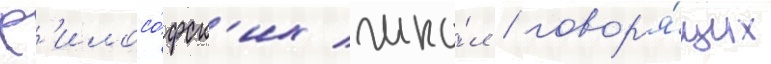
ф'илосо́фск'их шко́л / говор'я́щих